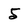
Character: 5